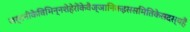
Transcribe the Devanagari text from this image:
जर्मनीकेविभिन्नशेहेरोंकेवैज्ञानिकइससमितिकेसदस्यहैं